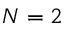
N = 2